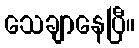
သေချာနေပြီ။